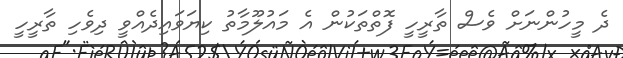
ދެ މީހުންނަށް ވެސް ތާރީހީ ފޮތްތަކުން އެ މައުލޫމާތު ކިޔަވައިދެއްވީ ދިވެހި ތާރީހީ